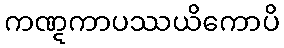
ကဏ္ဋကာပဿယိကောပိ